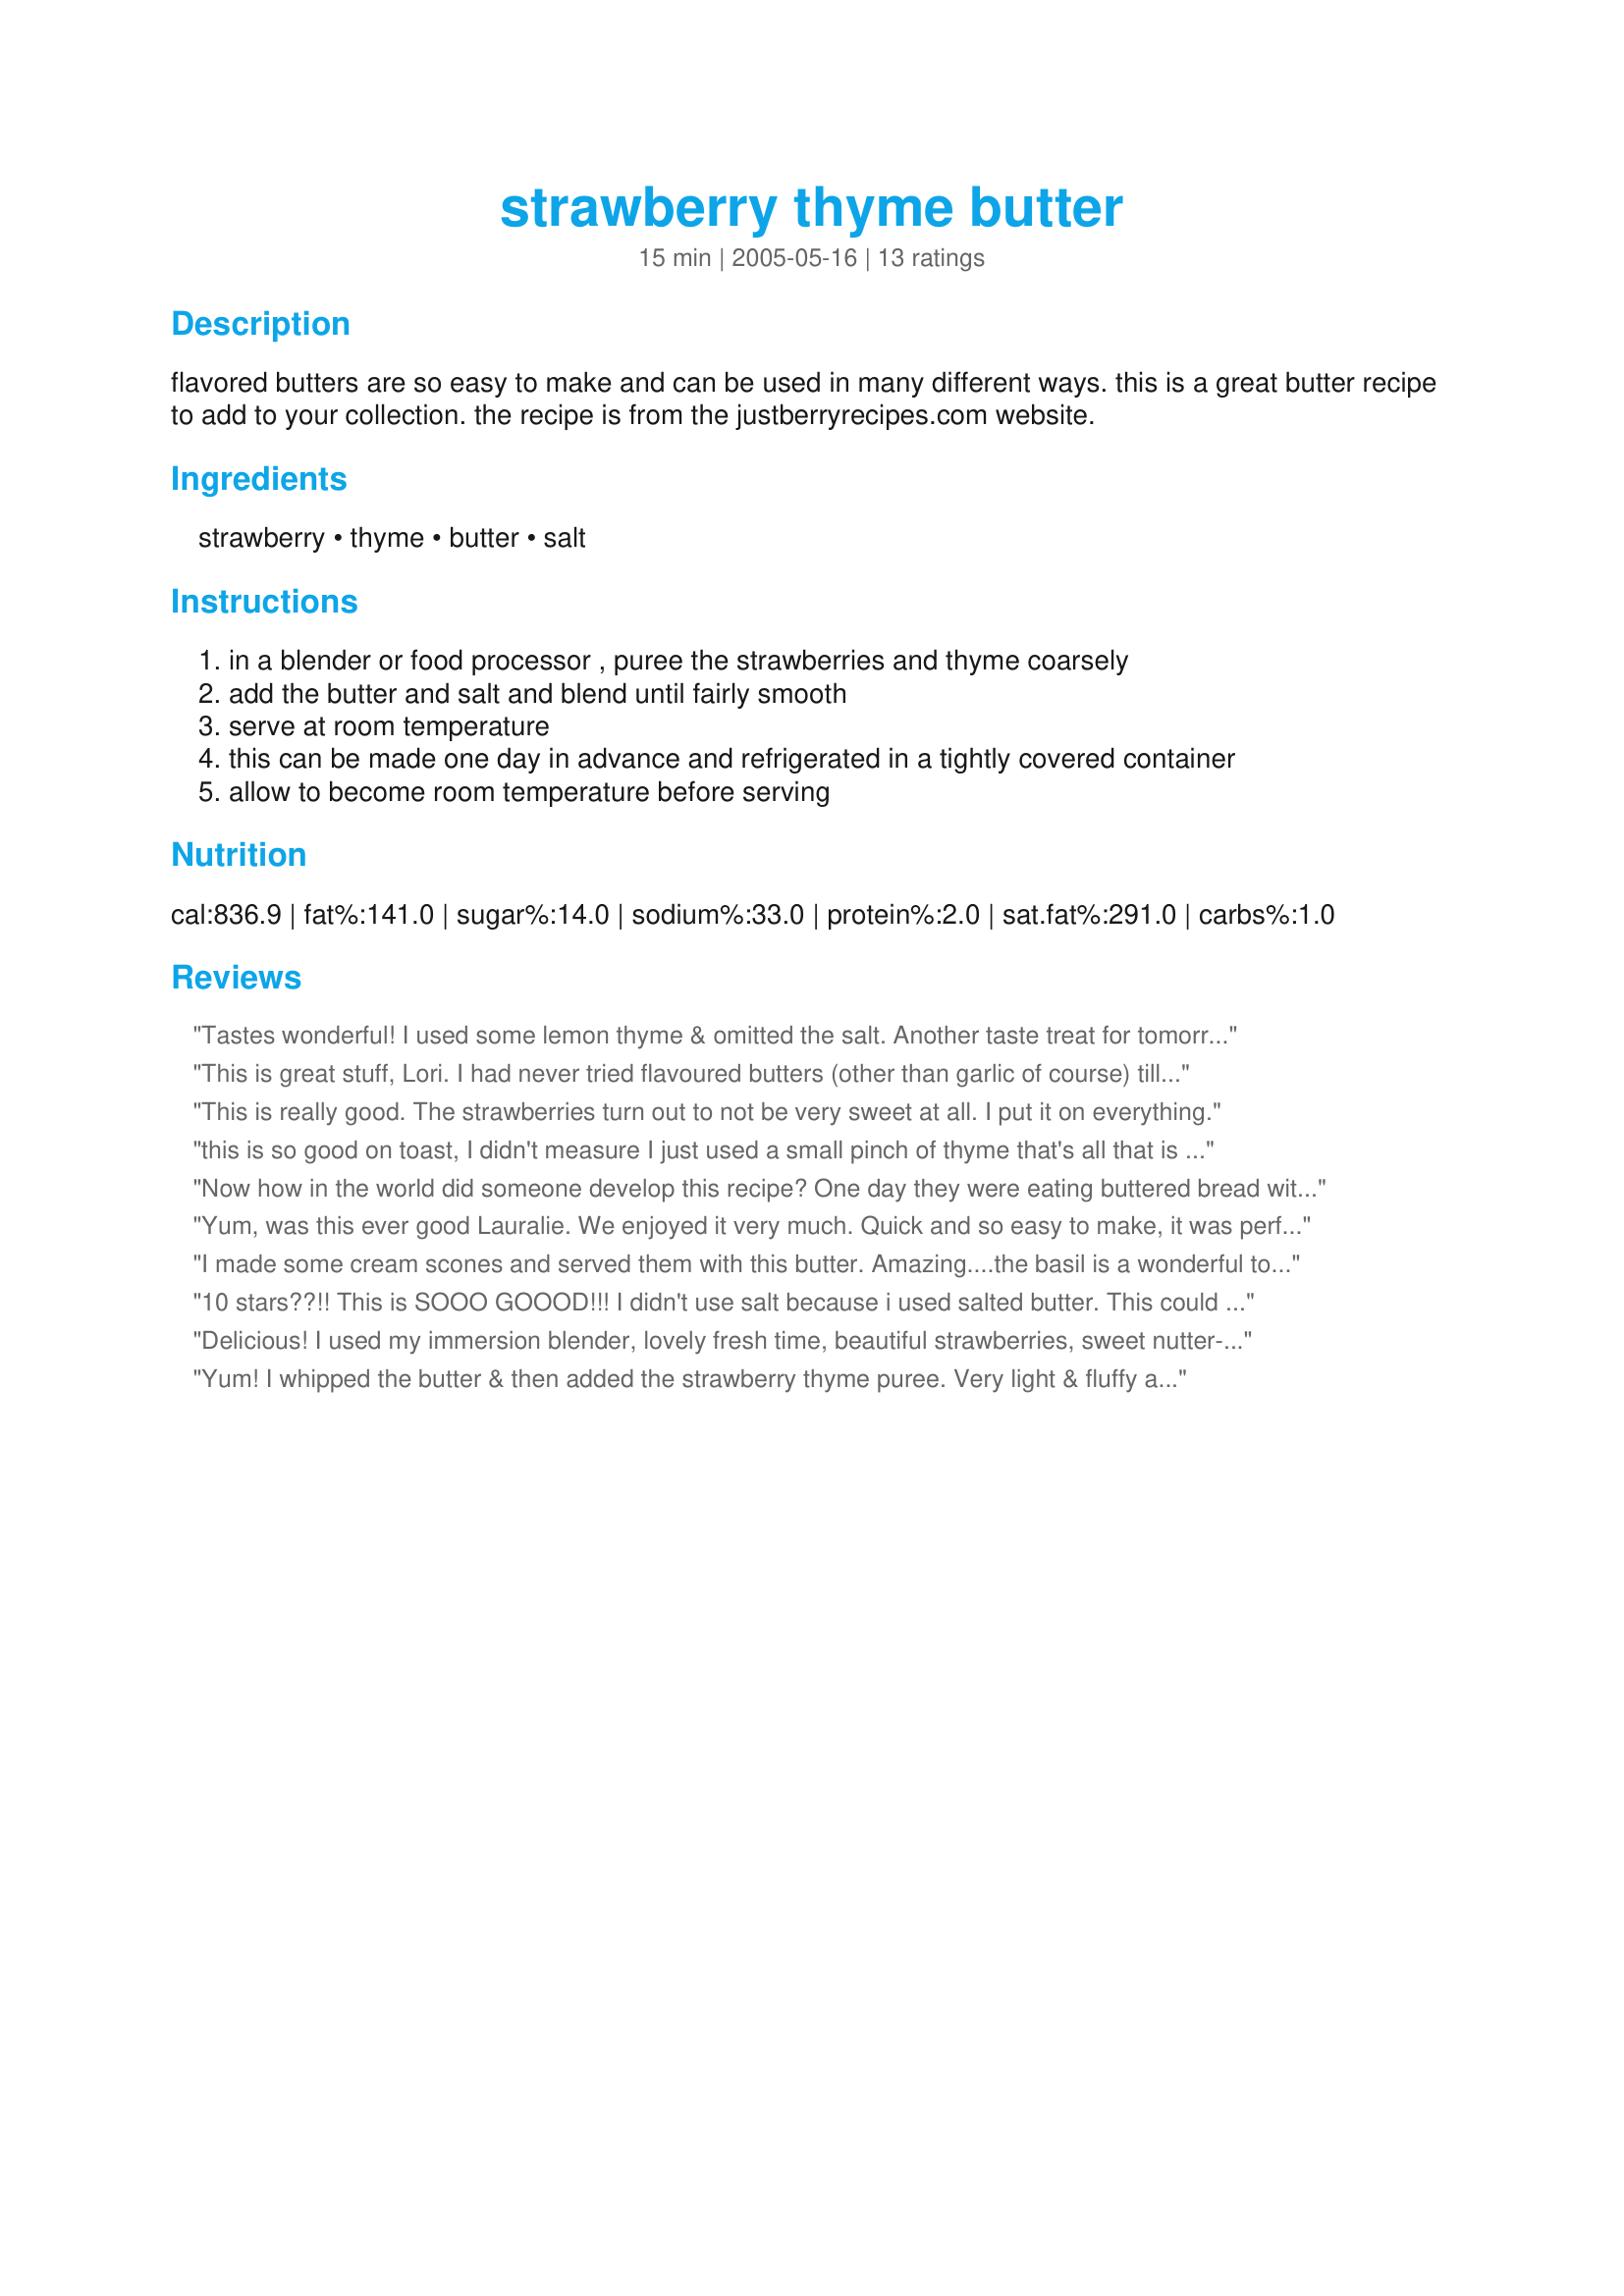
strawberry thyme butter
Preparation time: 15 minutes

flavored butters are so easy to make and can be used in many different ways. this is a great butter recipe to add to your collection. the recipe is from the justberryrecipes.com website.

Ingredients:
strawberry, thyme, butter, salt

Steps:
in a blender or food processor , puree the strawberries and thyme coarsely
add the butter and salt and blend until fairly smooth
serve at room temperature
this can be made one day in advance and refrigerated in a tightly covered container
allow to become room temperature before serving

Reviews:
Tastes wonderful! I used some lemon thyme & omitted the salt. Another taste treat for tomorrow morning's bagel!
This is great stuff, Lori. I had never tried flavoured butters (other than garlic of course) till the 1st leg of ZWT. I liked that 1 so well & couldn’t wait to try this. I used my hand-held blender, so the prep was a snap. This is incredibly versatile & I can see myself having it on toast or w/scones for breakfast … on good crusty bread or a rolled tortilla as a pick-me-up snack … or even w/plain shortbread cookies as a lighter dessert version of strawberry shortcake! Thx for posting!
This is really good. The strawberries turn out to not be very sweet at all. I put it on everything.
this is so good on toast, I didn't measure I just used a small pinch of thyme that's all that is needed, I may give this a try using fresh raspberries also, thanks for sharing this Lori! this was made for KK's Strawberry patch forum tag game
Now how in the world did someone develop this recipe? One day they were eating buttered bread with strawberries as a side and they just happen to collide? LOL Very Good!!!
Yum, was this ever good Lauralie. We enjoyed it very much. Quick and so easy to make, it was perfection. Served onto of a croissants for a wonderful treat. Thank you my friend for sharing another wonderful recipe. Made for Think Pink 2016
I made some cream scones and served them with this butter. Amazing....the basil is a wonderful touch! I did as the other reviewers did and put it in a food processor.... AMAZING
10 stars??!! This is SOOO GOOOD!!! I didn't use salt because i used salted butter. This could only be improved by using wild strawberries! I did use fresh thyme from the garden. We used it on our special secret toast. ;) I think other berries would be good, too? I will definitely make this in Maine this summer when we have guests! Thank you!! Made for Veggie Tag 7/12.
Delicious! I used my immersion blender, lovely fresh time, beautiful strawberries, sweet nutter--what could be bad? Great combo, Lori!
Yum! I whipped the butter & then added the strawberry thyme puree. Very light & fluffy and excellent on scones this morning. I think this would be excellent for a breakfast in bed tray or for guests. I also liked that the recipe calls for no added sugar. Thanks Lauralie41 for a terrific recipe!
Mixed this up in the food processor after allowing the butter to soften slightly at room temperature. Served this with Lemon Thyme Biscuits recipe 93519 by Sharon123 and the touch of thyme this was perfect!
This is a delicious spread. I love the flavour of the Thyme with the berries, they go great together.
I also omitted the salt and didn't miss it!
Thanks for posting!
I made this with the few fresh blackberries my son left me. It's a gorgeous spread, just wonderful on toast. It is such an unexpected flavor without sugar, and so good! I left out the salt because I used salted butter. Made for KK's Strawberry Patch game.
